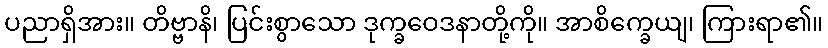
ပညာရှိအား။ တိဗ္ဗာနိ၊ ပြင်းစွာသော ဒုက္ခဝေဒနာတို့ကို။ အာစိက္ခေယျ၊ ကြားရာ၏။